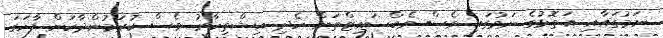
ނަމުގައާއި އަތޮޅުގެ ނަމުގައި ވެސް ވެބްސައިޓްތަށް ހެދި އިޝްތިހާރު ވެސް ކުރަމުންދާކަން ފާހަގަ